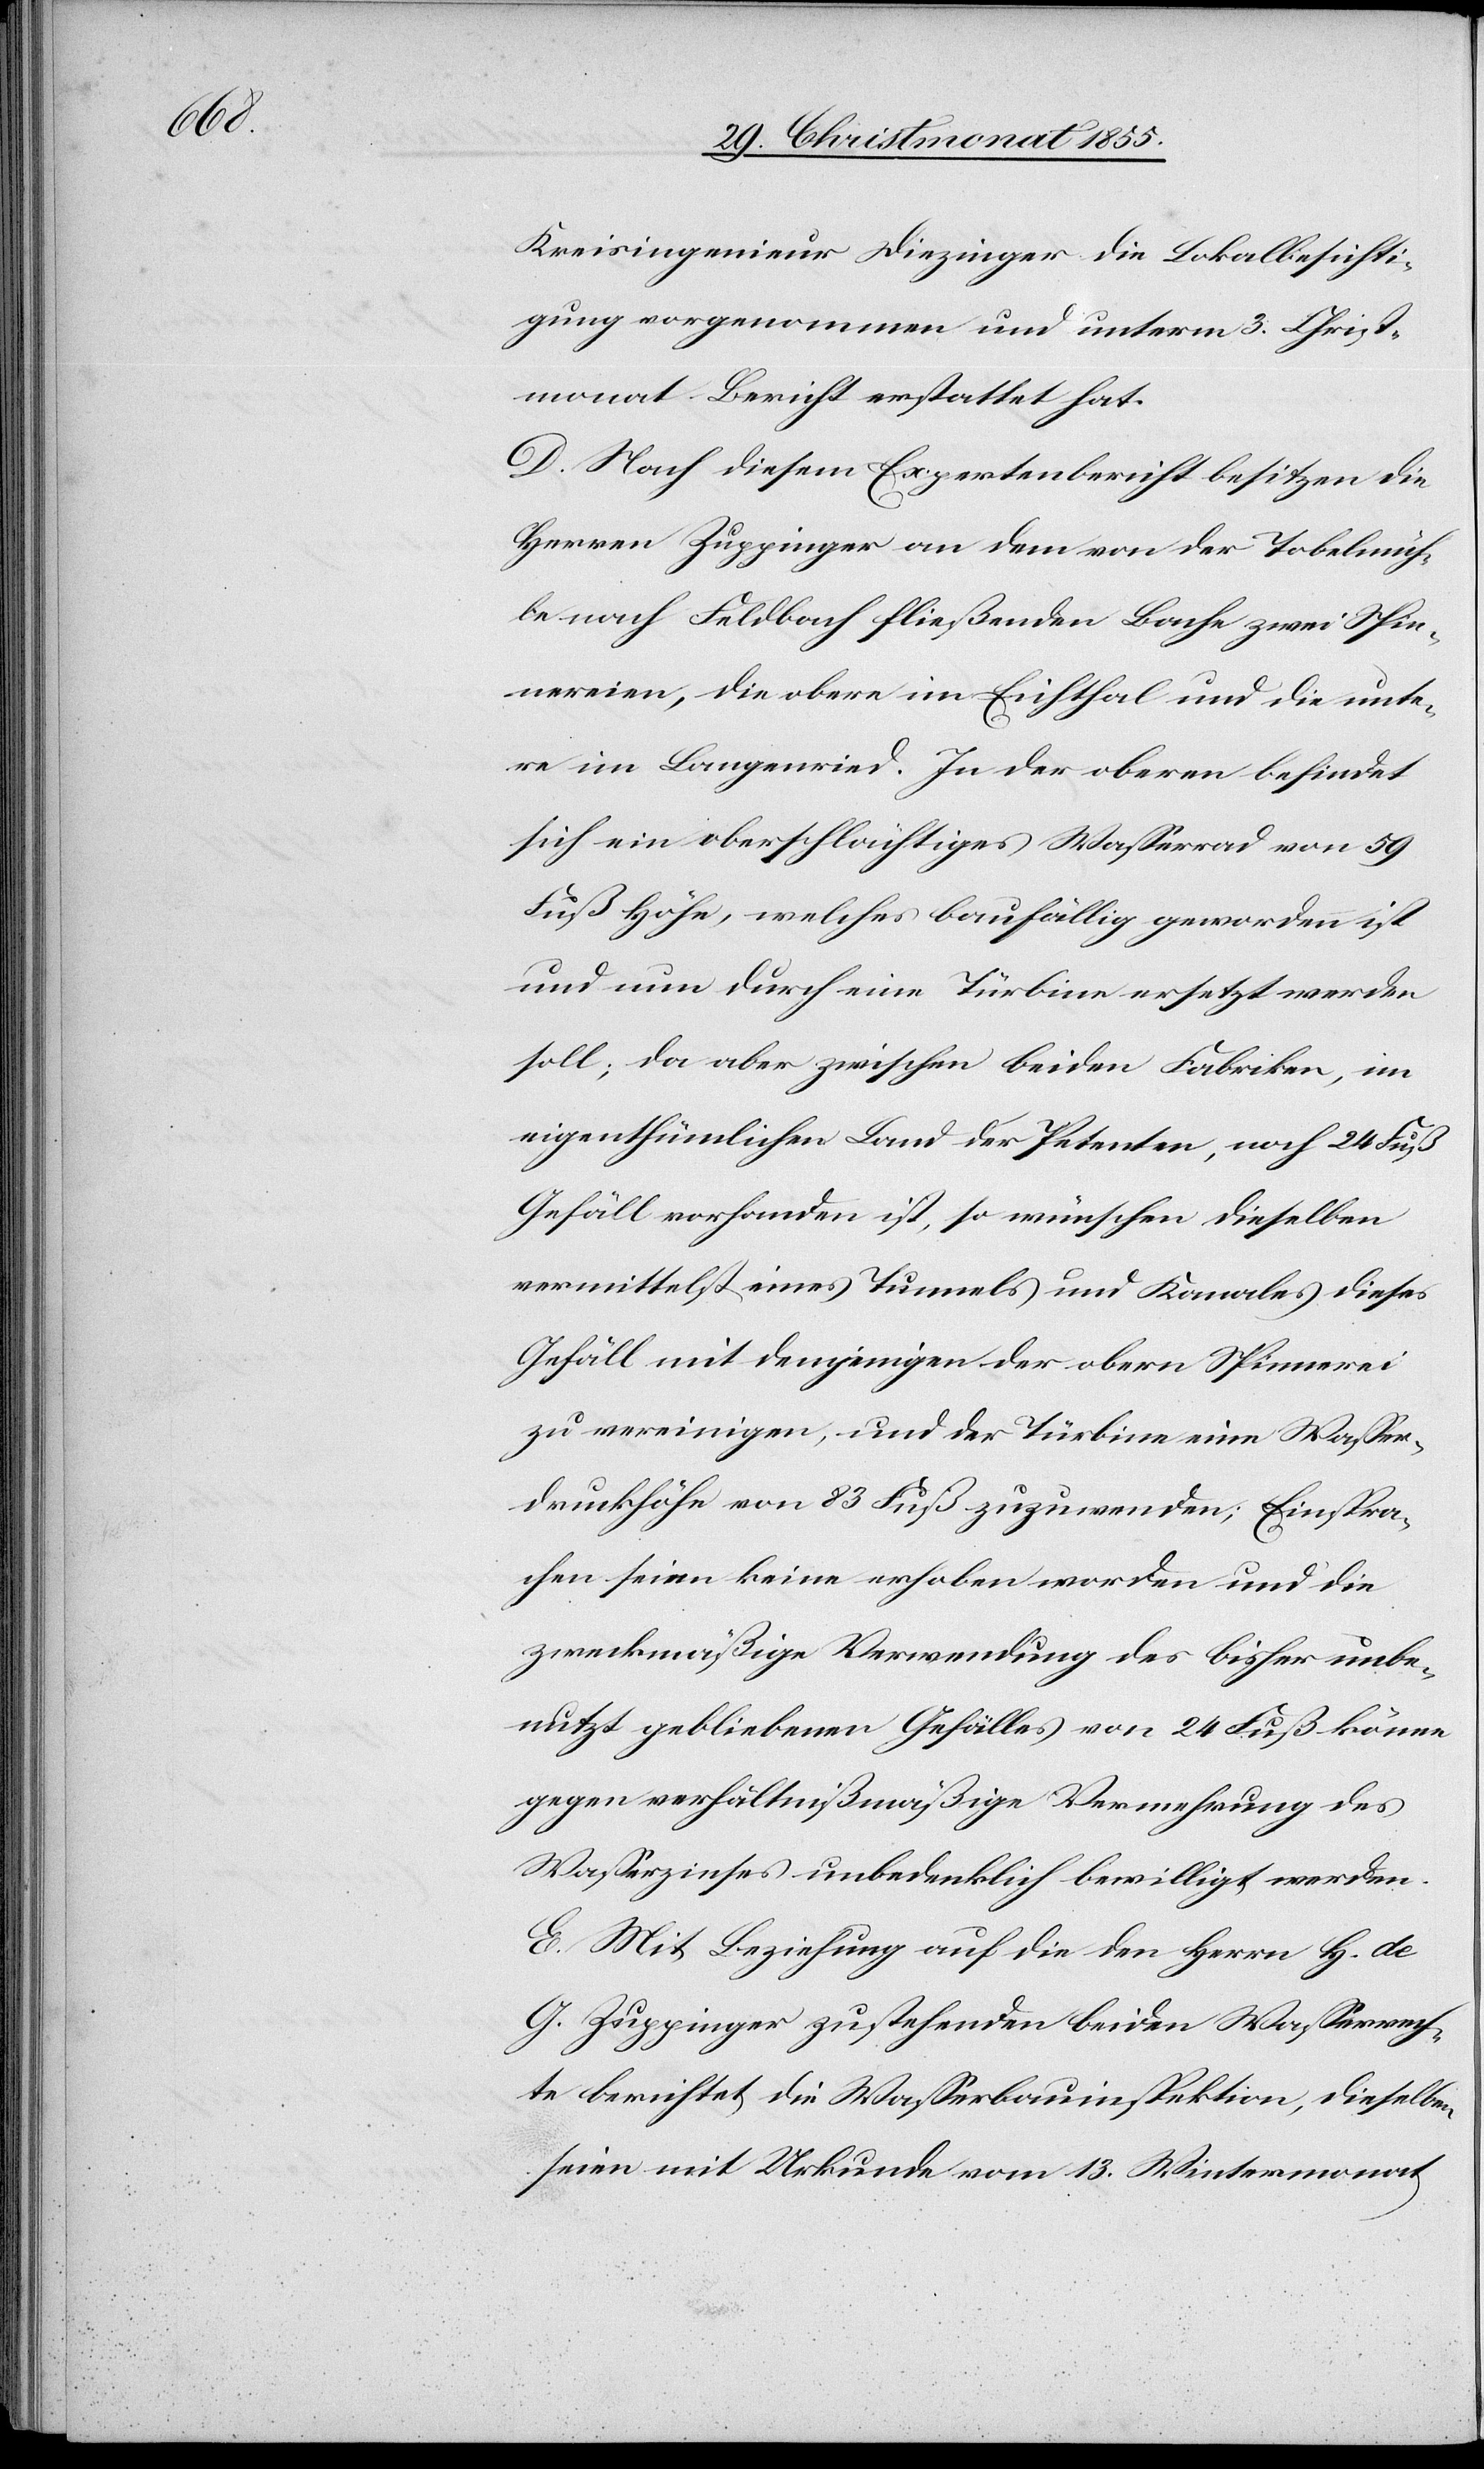
Kreisingenieur Diezinger die Lokalbesichti¬
gung vorgenommen und unterm 3. Christ¬
monat Bericht erstattet hat.
D. Nach diesem Expertenbericht besitzen die
Herren Zuppinger an dem von der Tobelmüh¬
le nach Feldbach fließenden Bache zwei Spin¬
nereien, die obere im Eichthal und die unte¬
re im Langenried. In der oberen befindet
sich ein oberschlächtiges Wasserrad von 59
Fuß Höhe, welches baufällig geworden ist
und nun durch eine Türbine ersetzt werden
soll; da aber zwischen beiden Fabriken, im
eigenthümlichen Land der Petenten, noch 24 Fuß
Gefäll vorhanden ist, so wünschen dieselben
vermittelst eines Tunnels und Kanales dieses
Gefäll mit demjenigen der obern Spinnerei
zu vereinigen, und der Türbine eine Wasser¬
druckhöhe von 83 Fuß zuzuwenden; Einspra¬
chen seien keine erhoben worden und die
zweckmäßige Verwendung des bisher unbe¬
nutzt gebliebenen Gefälles von 24 Fuß könne
gegen verhältnißmäßige Vermehrung des
Wasserzinses unbedenklich bewilligt werden.
E. Mit Beziehung auf die den Herrn H. de
G. Zuppinger zustehenden beiden Wasserrech¬
te berichtet die Wasserbauinspektion, dieselben
seien mit Urkunde vom 13. Wintermonat